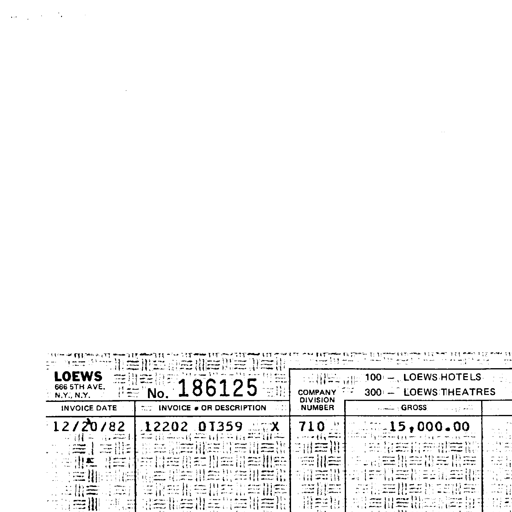
LOEWS
666 5TH AVE.
N.Y., N.Y.
No. 186125
COMPANY
DIVISION
NUMBER
100 - LOEWS HOTELS
300 - LOEWS THEATRES
INVOICE DATE
INVOICE OR DESCRIPTION
GROSS
12/20/82
12202 01359 X
710
15,000.00